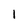
Character: l